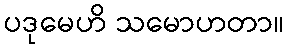
ပဒုမေဟိ သမောဟတာ။